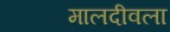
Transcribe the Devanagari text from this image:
मालदीवला